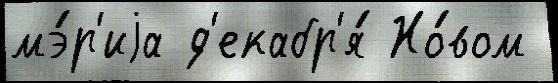
мэ́р'иjа д'екабр'я́ Но́вом